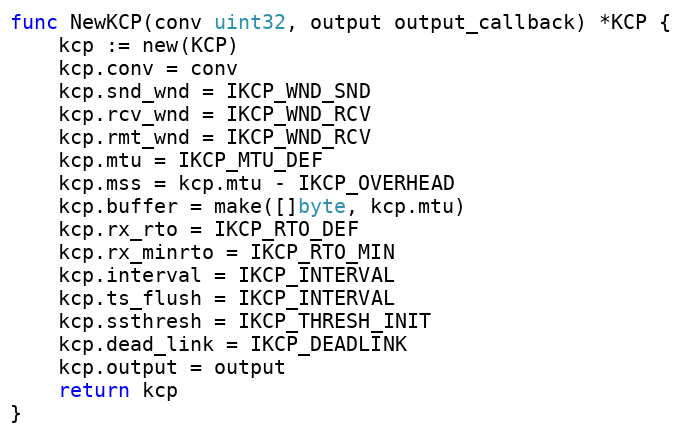
Language: Go
func NewKCP(conv uint32, output output_callback) *KCP {
	kcp := new(KCP)
	kcp.conv = conv
	kcp.snd_wnd = IKCP_WND_SND
	kcp.rcv_wnd = IKCP_WND_RCV
	kcp.rmt_wnd = IKCP_WND_RCV
	kcp.mtu = IKCP_MTU_DEF
	kcp.mss = kcp.mtu - IKCP_OVERHEAD
	kcp.buffer = make([]byte, kcp.mtu)
	kcp.rx_rto = IKCP_RTO_DEF
	kcp.rx_minrto = IKCP_RTO_MIN
	kcp.interval = IKCP_INTERVAL
	kcp.ts_flush = IKCP_INTERVAL
	kcp.ssthresh = IKCP_THRESH_INIT
	kcp.dead_link = IKCP_DEADLINK
	kcp.output = output
	return kcp
}